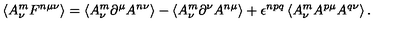
\left\langle A _ { \nu } ^ { m } F ^ { n \mu \nu } \right\rangle = \left\langle A _ { \nu } ^ { m } \partial ^ { \mu } A ^ { n \nu } \right\rangle - \left\langle A _ { \nu } ^ { m } \partial ^ { \nu } A ^ { n \mu } \right\rangle + \epsilon ^ { n p q } \left\langle A _ { \nu } ^ { m } A ^ { p \mu } A ^ { q \nu } \right\rangle .